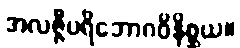
အလဇ္ဇီပရိဘောဂဝိနိစ္ဆယ။